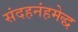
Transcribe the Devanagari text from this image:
संदहनंहमेद्ध